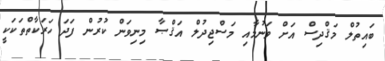
ބައިތުލް މަޤްދިސް އަށް ވަނުމާއި މަސްޖިދުލް އަޤްޞާ މިނިވަން ކުރުން ފަދަ ހަރަކާތްތަކަކީ